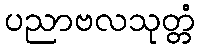
ပညာဗလသုတ္တံ